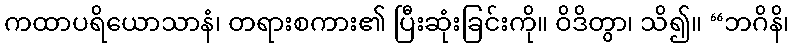
ကထာပရိယောသာနံ၊ တရားစကား၏ ပြီးဆုံးခြင်းကို။ ဝိဒိတွာ၊ သိ၍။ “ဘဂိနိ၊